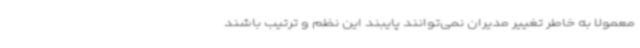
معمولاً به خاطر تغییر مدیران نمی‌توانند پایبند این نظم و ترتیب باشند